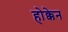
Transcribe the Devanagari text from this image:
होक्केन